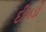
દીગડી